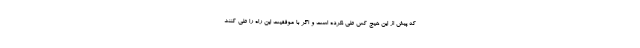
که پیش از این هیچ کس طی نکرده است و اگر با موفقیت این راه را طی کنند